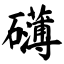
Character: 礴